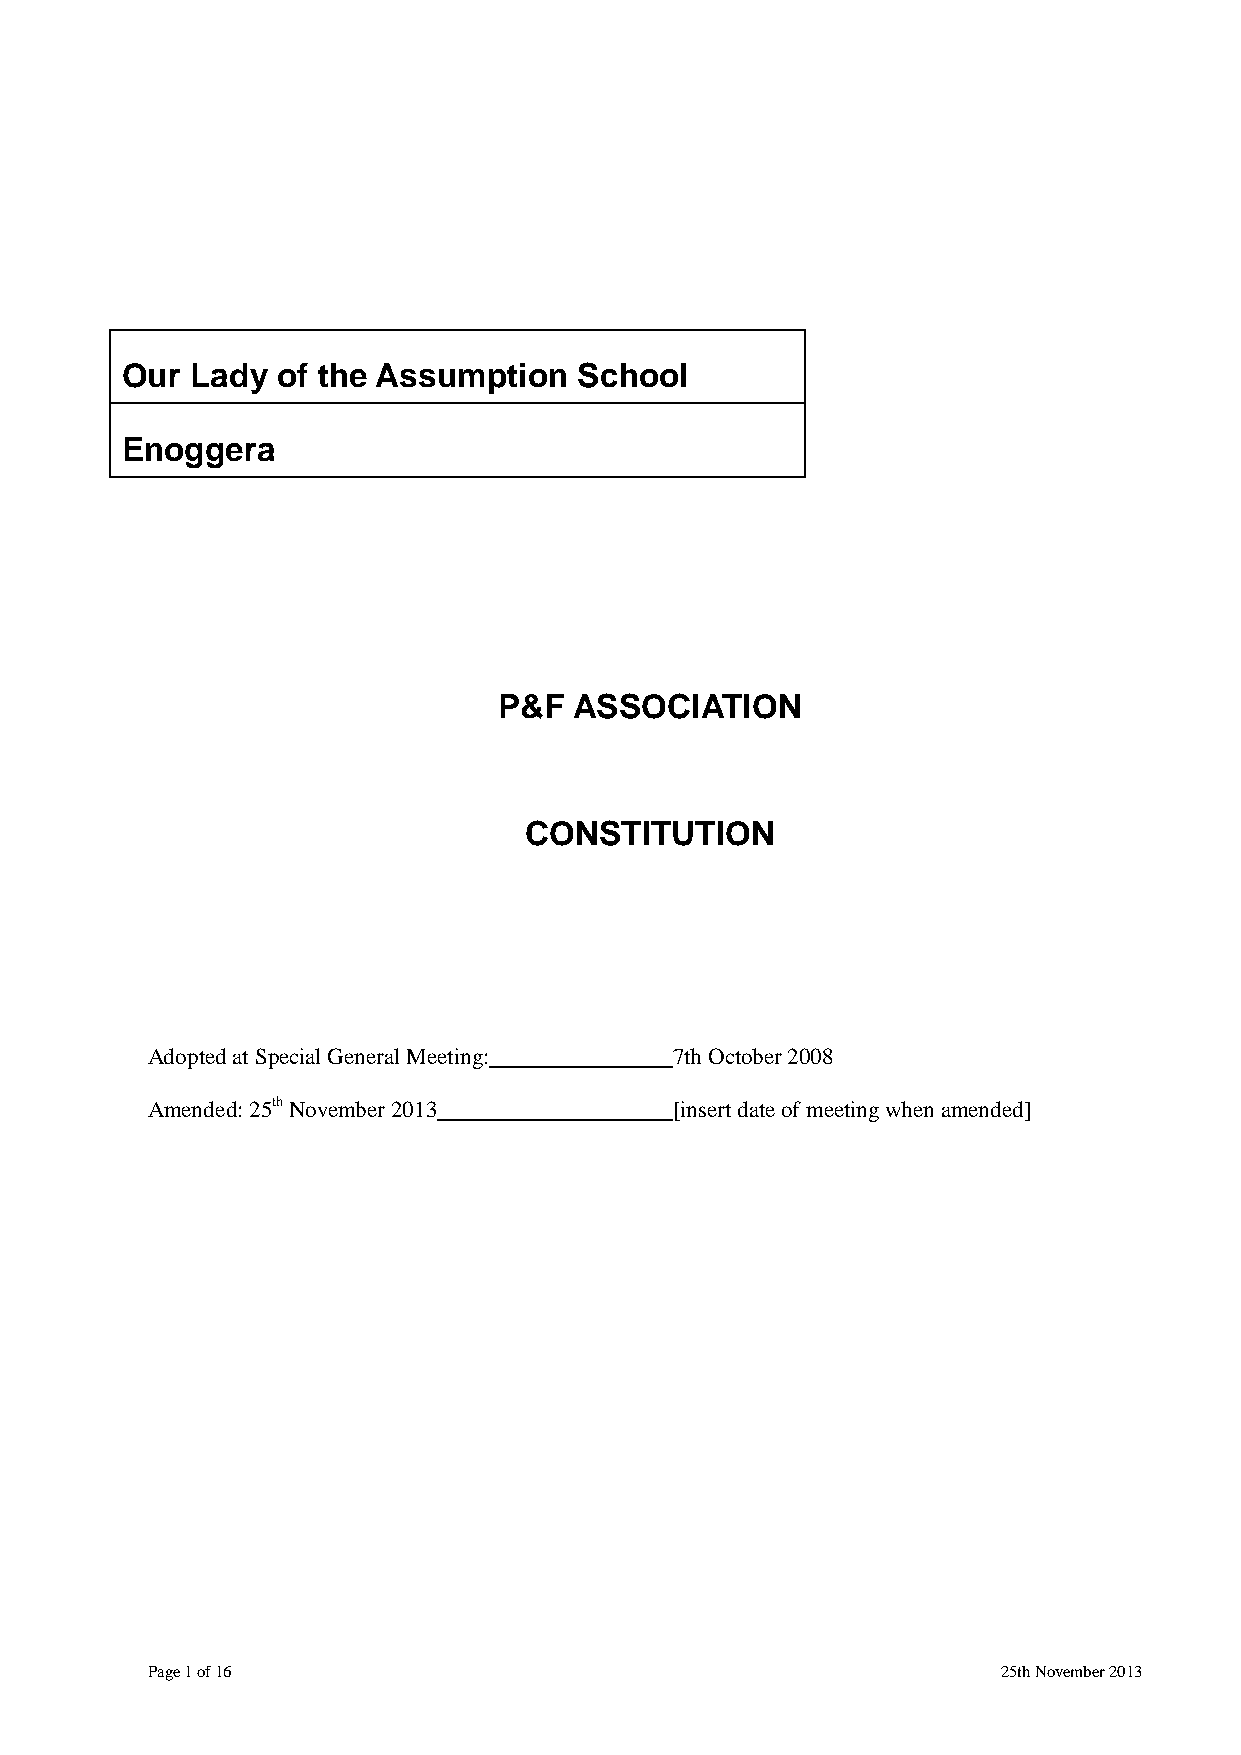
Our  Lady of the Assumption   School
 Enoggera
 P&F  ASSOCIATION
 CONSTITUTION
 Adopted at Special General Meeting: 7th October 2008
 Amended: 25th November 2013        [insert date of meeting when amended]
 Page 1 of 16                                            25th November 2013